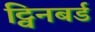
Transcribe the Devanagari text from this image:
ट्विनबर्ड